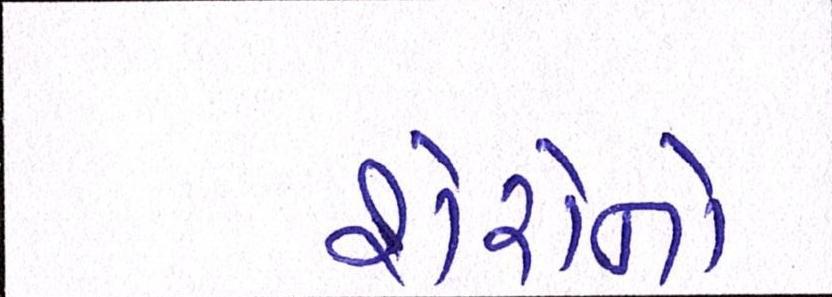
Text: શેરોનો